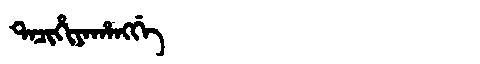
Manchu: ᡨᠠᠴᡳᡥᡳᠶᠠᡥᠠᠩᡤᡝ
Romanization: TACIHIYAHANGGE